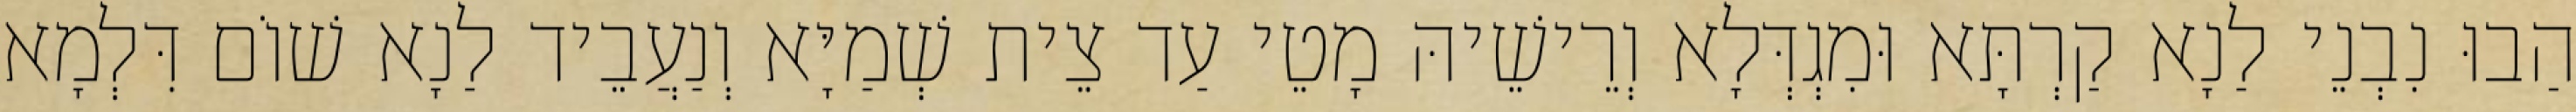
הַבוּ נִבְנֵי לַנָא קַרְתָּא וּמִגְדְּלָא וְרֵישֵׁיהּ מָטֵי עַד צֵית שְׁמַיָּא וְנַעֲבֵיד לַנָא שׁוֹם דִּלְמָא